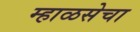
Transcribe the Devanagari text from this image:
म्हाळसेचा